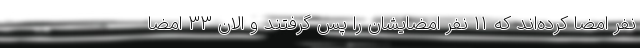
نفر امضا کرده‌اند که ۱۱ نفر امضایشان را پس گرفتند و الان ۳۳ امضا